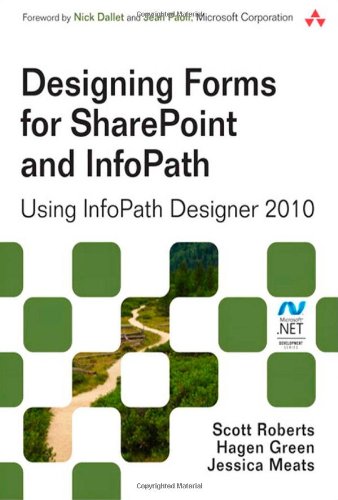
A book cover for Designing Forms for SharePoint and InfoPath: Using InfoPath Designer 2010 (2nd Edition) (Microsoft Windows Development Series); Scott Roberts; Computers & Technology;